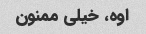
اوه، خیلی ممنون